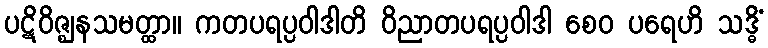
ပဋိဝိဇ္ဈနသမတ္ထာ။ ကတပရပ္ပဝါဒါတိ ဝိညာတပရပ္ပဝါဒါ စေဝ ပရေဟိ သဒ္ဓိံ